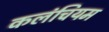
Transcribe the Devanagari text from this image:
कलंचियम